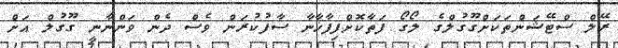
ރޭލް ސްޓޭޝަންތަކަށްގޫގުލްގެ ލޯގޯ ފަތާކޮށްފިފާޚާނާ ސާފުކުރަން ވެސް ދެން ވަންނާނީ ގޫގުލް އަށް